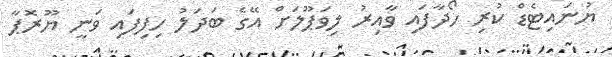
ޔުނައިޓެޑް ކުރި ހޯދާފައި ވާއިރު ލިވަޕޫލަށް އޭގެ ބަދަލު ހިފިފައި ވަނީ ޔޫރޮޕާ